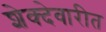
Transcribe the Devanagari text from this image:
शेक्देवारीत